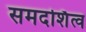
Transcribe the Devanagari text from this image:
समदर्शित्व